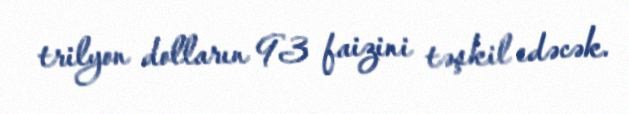
trilyon dolların 93 faizini təşkil edəcək.